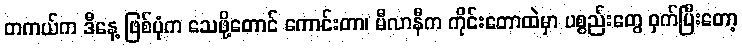
တကယ်က ဒီနေ့ ဖြစ်ပုံက သေဖို့တောင် ကောင်းတာ၊ မီလာနီက ကိုင်းတောထဲမှာ ပစ္စည်းတွေ ဝှက်ပြီးတော့